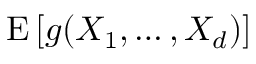
\operatorname { E } \left[ g ( X _ { 1 } , \dots , X _ { d } ) \right]